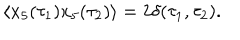
LaTeX: \langle x _ { 5 } ( \tau _ { 1 } ) x _ { 5 } ( \tau _ { 2 } ) \rangle = 2 \delta ( \tau _ { 1 } , \tau _ { 2 } ) .